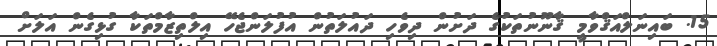
15. ބައިނަލްއަޤްވާމީ ޤާނޫނުތަކުގެ ދަށުން ދިވެހި ދައުލަތުން އުފުލަންޖެހޭ އިލްތިޒާމްތަކާ ގުޅިގެން އަލަށް